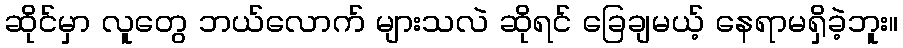
ဆိုင်မှာ လူတွေ ဘယ်လောက် များသလဲ ဆိုရင် ခြေချမယ့် နေရာမရှိခဲ့ဘူး။